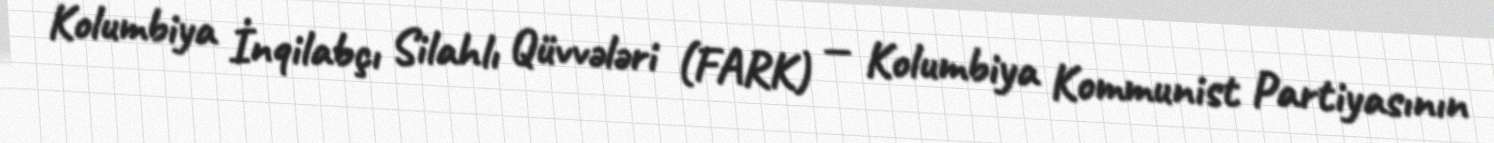
Kolumbiya İnqilabçı Silahlı Qüvvələri (FARK) — Kolumbiya Kommunist Partiyasının